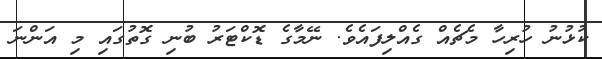
ކުޅުނު ހުރިހާ މެޗެއް ގެއްލިފައެވެ. ނޭމާގެ ޑޮކްޓަރު ބުނި ގޮތުގައި މި އަންނަ